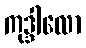
ကုဒ္ဒါလော